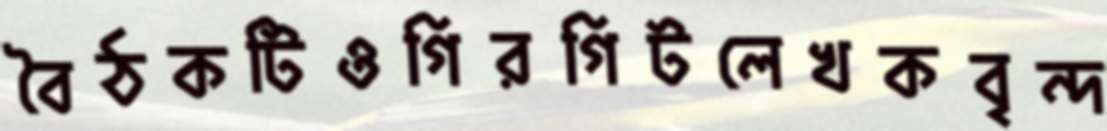
বৈঠকটিওগিরগিটলেখকবৃন্দ